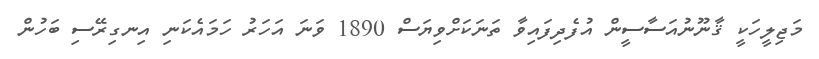
މަޖިލީހަކީ ޤާނޫނުއަސާސީން އުފެދިފައިވާ ތަނަކަށްވިޔަސް 1890 ވަނަ އަހަރު ހަމައެކަނި އިނގިރޭސި ބަހުން